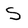
Character: S